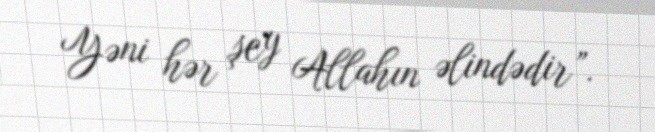
Yəni hər şey Allahın əlindədir”.